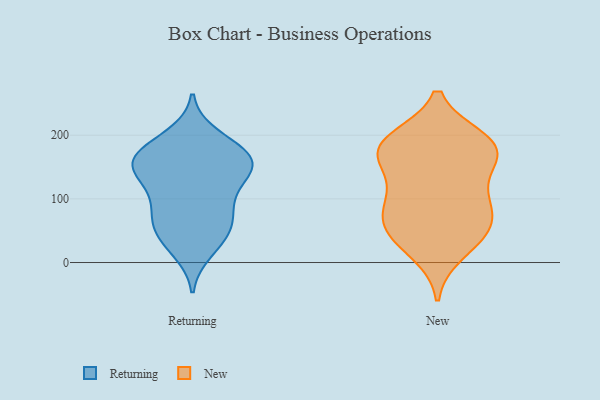
{"axis": {"x": "Conversion Rate (%)", "y": "Value"}, "legend": ["New", "Returning"], "data": [{"x": "", "y": 162, "type": "Returning"}, {"x": "", "y": 39, "type": "Returning"}, {"x": "", "y": 76, "type": "Returning"}, {"x": "", "y": 60, "type": "Returning"}, {"x": "", "y": 41, "type": "Returning"}, {"x": "", "y": 94, "type": "Returning"}, {"x": "", "y": 111, "type": "Returning"}, {"x": "", "y": 198, "type": "Returning"}, {"x": "", "y": 159, "type": "Returning"}, {"x": "", "y": 127, "type": "Returning"}, {"x": "", "y": 149, "type": "Returning"}, {"x": "", "y": 149, "type": "Returning"}, {"x": "", "y": 19, "type": "Returning"}, {"x": "", "y": 69, "type": "Returning"}, {"x": "", "y": 153, "type": "Returning"}, {"x": "", "y": 175, "type": "Returning"}, {"x": "", "y": 156, "type": "Returning"}, {"x": "", "y": 183, "type": "Returning"}, {"x": "", "y": 51, "type": "New"}, {"x": "", "y": 67, "type": "New"}, {"x": "", "y": 163, "type": "New"}, {"x": "", "y": 169, "type": "New"}, {"x": "", "y": 16, "type": "New"}, {"x": "", "y": 96, "type": "New"}, {"x": "", "y": 99, "type": "New"}, {"x": "", "y": 188, "type": "New"}, {"x": "", "y": 182, "type": "New"}, {"x": "", "y": 169, "type": "New"}, {"x": "", "y": 193, "type": "New"}, {"x": "", "y": 81, "type": "New"}, {"x": "", "y": 49, "type": "New"}, {"x": "", "y": 125, "type": "New"}, {"x": "", "y": 39, "type": "New"}, {"x": "", "y": 190, "type": "New"}]}